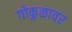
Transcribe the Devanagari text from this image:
गोकुळावर